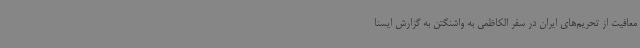
معافیت از تحریم‌های ایران در سفر الکاظمی به واشنگتن به گزارش ایسنا